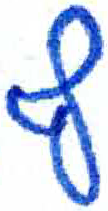
אות: ף